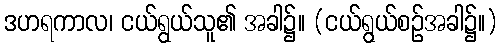
ဒဟရကာလ၊ ငယ်ရွယ်သူ၏ အခါ၌။ (ငယ်ရွယ်စဉ်အခါ၌။)